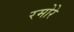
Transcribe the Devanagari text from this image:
रमोरे